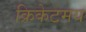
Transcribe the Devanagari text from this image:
क्रिकेटमय